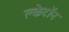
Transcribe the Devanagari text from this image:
क्लेटॉन